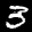
Label: 3